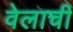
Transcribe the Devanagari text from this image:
वेलाची